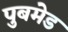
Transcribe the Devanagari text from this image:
पुबमेड